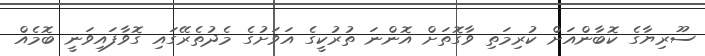
ސޫރިޔާގެ ކޮބާންއަށް ކުރިމަތި ވާގޮތަށް އޮންނަ ތުރުކީގެ އަވަށުގެ މެދުތެރޭގައި ގޮވާފައިވަނީ ބޮމެއް